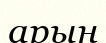
арын